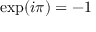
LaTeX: \exp ( i \pi ) = - 1